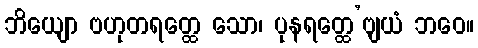
ဘိယျော ဗဟုတရတ္ထေ သော၊ ပုနရတ္ထေ’ဗျယံ ဘဝေ။